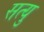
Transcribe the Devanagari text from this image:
सत्यु